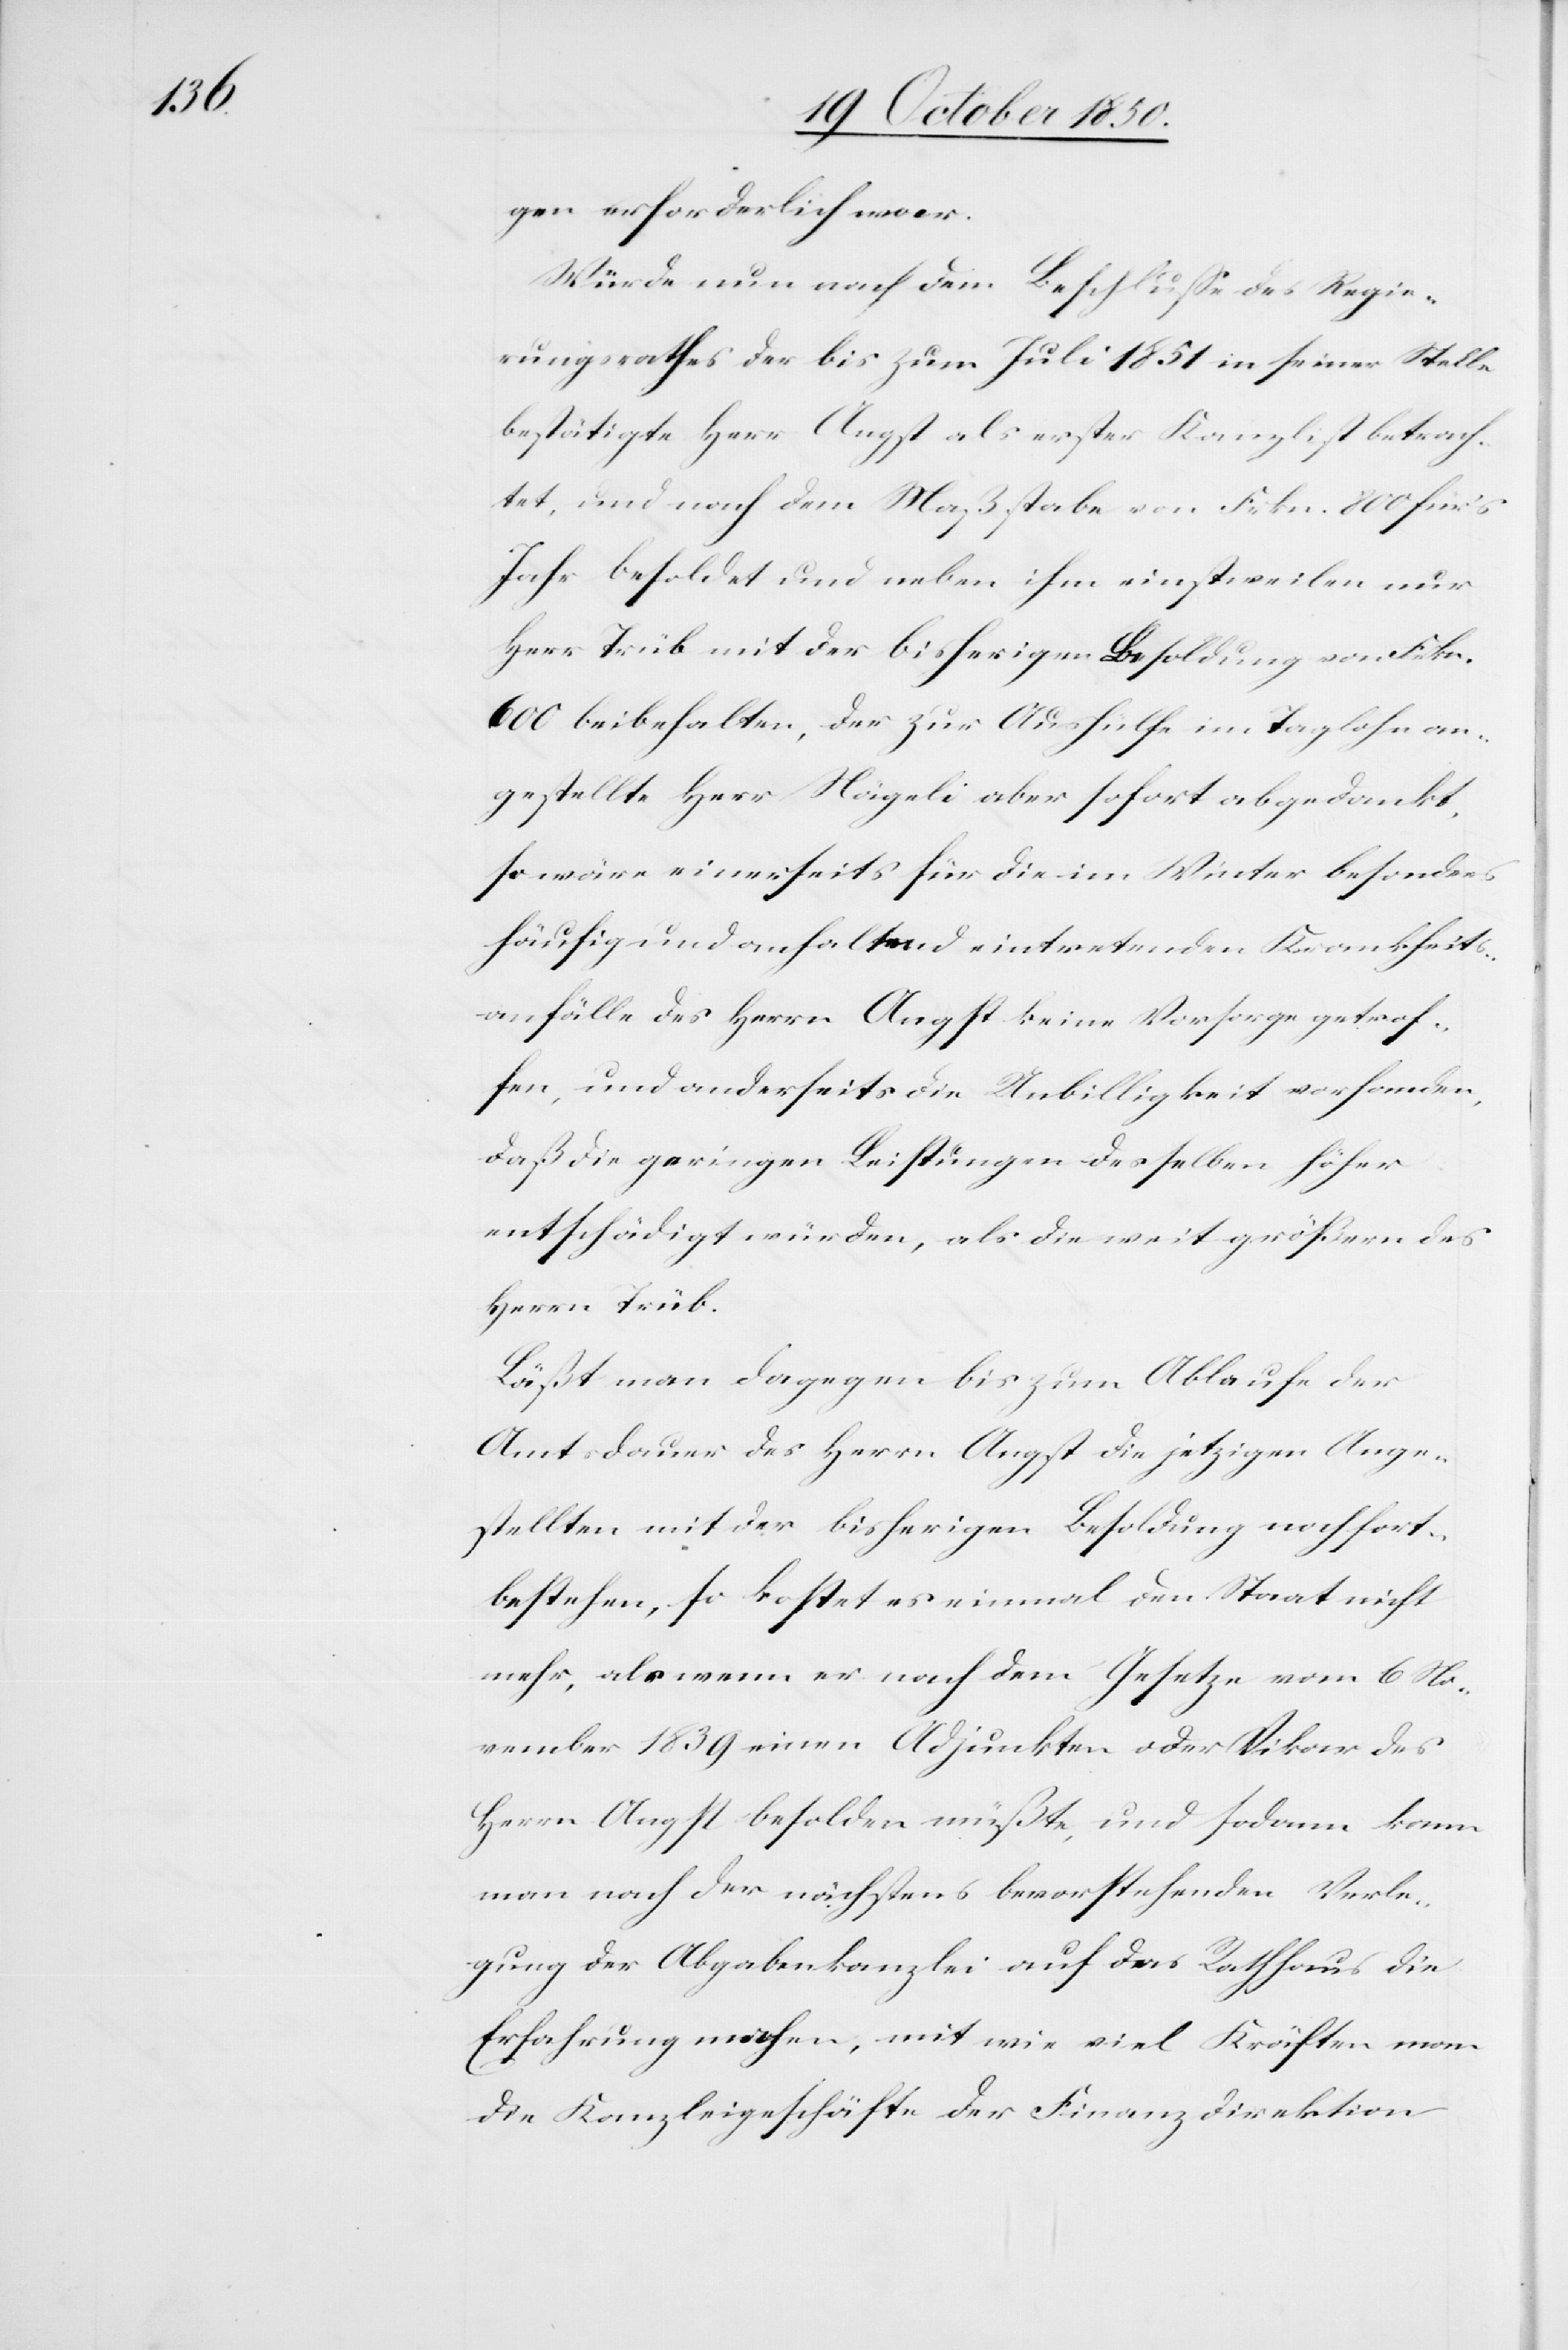
gen erforderlich war.
Würde nun auch dem Beschlusse des Regie¬
rungsrathes der bis zum Juli 1851 in seiner Stelle
bestätigte Herr Angst als erster Kanzlist betrach¬
tet, und nach dem Maßstabe von Frkn. 800 für’s
Jahr besoldet und neben ihm einstweilen nur
Herr Trüb mit der bisherigen Besoldung von Frkn.
600 beibehalten, der zur Aushülfe im Taglohn an¬
gestellte Herr Nägeli aber sofort abgedankt,
so wäre einerseits für die im Winter besonders
häufig und anhaltend eintretenden Krankheits¬
anfälle des Herrn Angst keine Vorsorge getrof¬
fen, und anderseits die Unbilligkeit vorhanden,
daß die geringen Leistungen desselben höher
entschädigt würden, als die weit größern des
Herrn Trüb.
Läßt man dagegen bis zum Ablaufe der
Amtsdauer des Herrn Angst die jetzigen Ange¬
stellten mit der bisherigen Besoldung noch fort¬
bestehen, so kostet es einmal den Staat nicht
mehr, als wenn er nach dem Gesetze vom 6 No¬
vember 1839 einen Adjunkten oder Vikar des
Herrn Angst besolden müßte, und sodann kann
man nach der nächstens bevorstehenden Verle¬
gung der Abgabenkanzlei auf das Rathhaus die
Erfahrung machen, mit wie viel Kräften man
die Kanzleigeschäfte der Finanzdirektion